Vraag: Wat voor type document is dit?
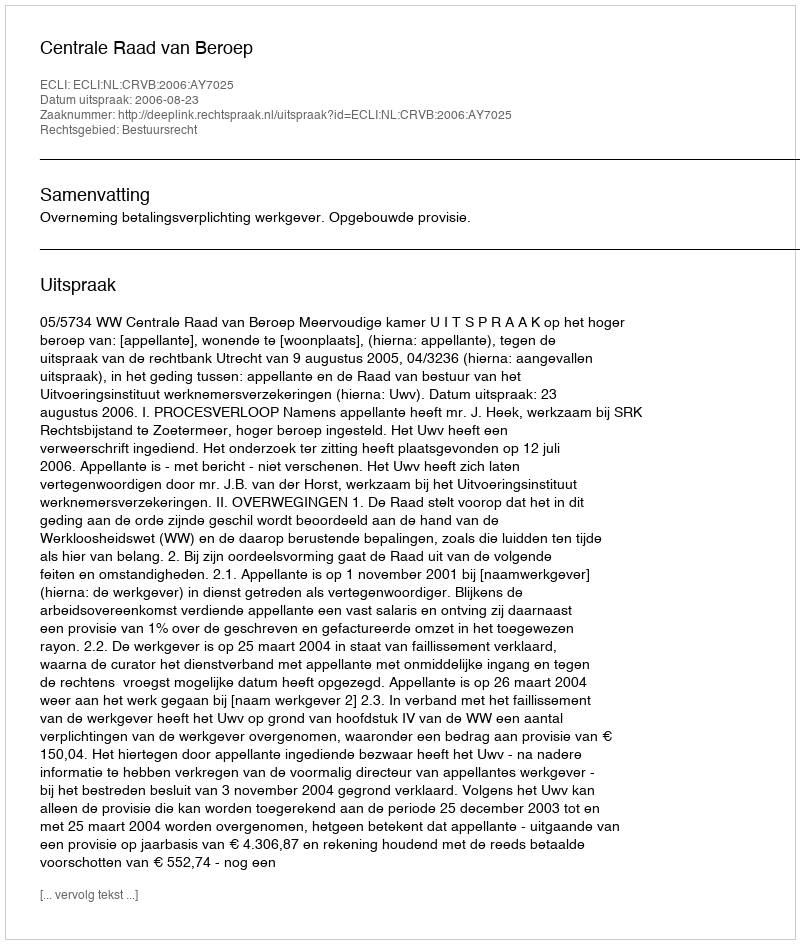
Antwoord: Uitspraak